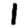
Digit: 1